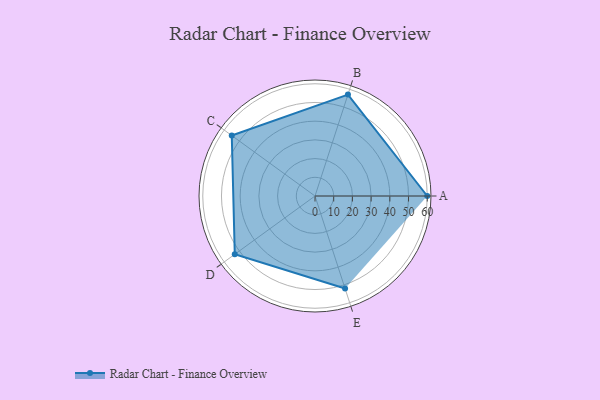
{"axis": {"x": "Skill", "y": "Score"}, "legend": ["Profile"], "data": [{"x": "A", "y": 60.0, "type": "Profile"}, {"x": "B", "y": 57.0, "type": "Profile"}, {"x": "C", "y": 55.0, "type": "Profile"}, {"x": "D", "y": 53.0, "type": "Profile"}, {"x": "E", "y": 52.0, "type": "Profile"}]}